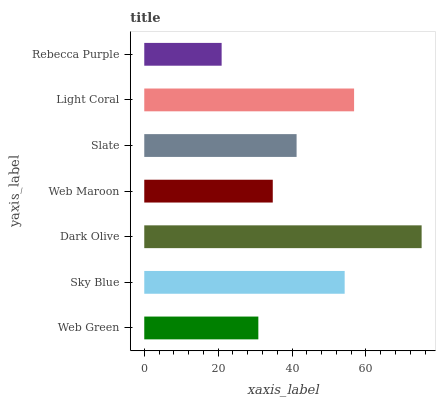
| yaxis_label | bars |
 | --- | --- |
 | Web Green | 30.9 |
 | Sky Blue | 54.3 |
 | Dark Olive | 75.1 |
 | Web Maroon | 34.8 |
 | Slate | 41.2 |
 | Light Coral | 56.8 |
 | Rebecca Purple | 20.9 |